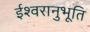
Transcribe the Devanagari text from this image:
ईश्वरानुभूति